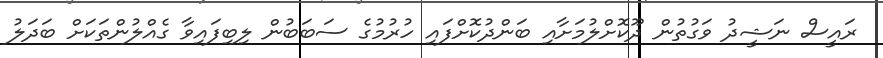
ރައީސް ނަޝީދު ވަގުތުން ދޫކޮށްލުމަށާއި ބަންދުކޮށްފައި ހުރުމުގެ ސަބަބުން ލިބިފައިވާ ގެއްލުންތަކަށް ބަދަލު